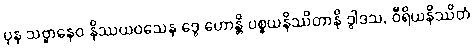
ပုန သဗ္ဗာနေဝ နိဿယဝသေန ဒွေ ဟောန္တိ ပစ္စယနိဿိတာနိ ဒွါဒသ, ဝီရိယနိဿိတံ